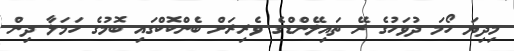
މިދިޔަ ހޯމަ ދުވަހުގެ ރޭ ތައިލޭންޑްގެ ވެރިރަށް ބެންކޮކްގައި ބޮމުގެ ހަމަލާ ދިން